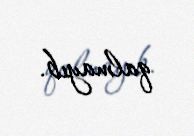
qalmayıb.